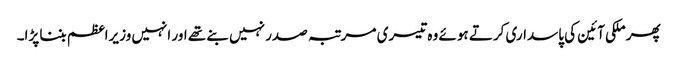
پھر ملکی آئین کی پاسداری کرتے ہوئے وہ تیسری مرتبہ صدر نہیں بنے تھے اور انہیں وزیراعظم بننا پڑا۔